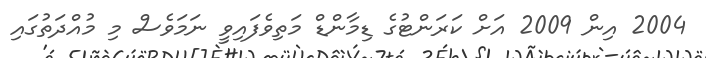
2004 އިން 2009 އަށް ކަރަންޓުގެ ޑިމާންޑް މަތިވެފައިވީ ނަމަވެސް މި މުއްދަތުގައި